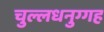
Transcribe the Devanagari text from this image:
चुल्लधनुग्गह